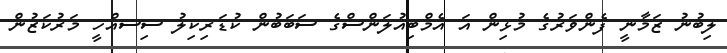
ލިބުނު ޒަމާނީ ފެންވަރުގެ މުޅިން އަ އެމްބިއުލަންސްގެ ސަބަބުން ކުޑަރިކިލު ސިސއްހީ މަރުކަޒުން